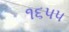
૧૬૫૫